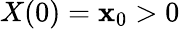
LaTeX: X(0)=\mathbf{x}_{0}>0